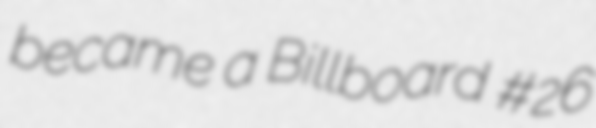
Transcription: became a Billboard #26